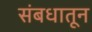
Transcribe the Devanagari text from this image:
संबधातून